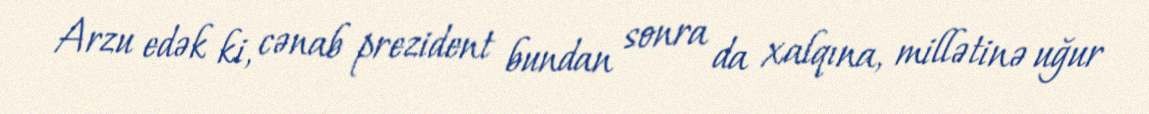
Arzu edək ki, cənab prezident bundan sonra da xalqına, millətinə uğur